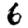
Digit: 6